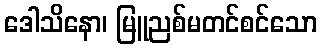
ဒေါသိနော၊ မြူညစ်မတင်စင်သော